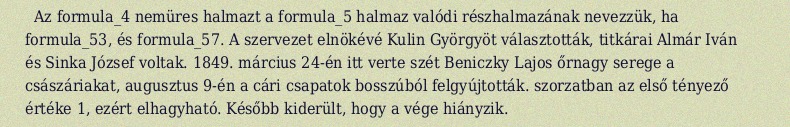
Az formula_4 nemüres halmazt a formula_5 halmaz valódi részhalmazának nevezzük, ha formula_53, és formula_57. A szervezet elnökévé Kulin Györgyöt választották, titkárai Almár Iván és Sinka József voltak. 1849. március 24-én itt verte szét Beniczky Lajos őrnagy serege a császáriakat, augusztus 9-én a cári csapatok bosszúból felgyújtották. szorzatban az első tényező értéke 1, ezért elhagyható. Később kiderült, hogy a vége hiányzik.